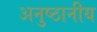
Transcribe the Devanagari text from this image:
अनुष्ठानीय